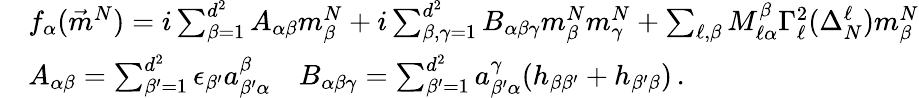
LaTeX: \begin{array}{rl}&{f_{\alpha}(\vec{m}^{N})=i\sum_{\beta=1}^{d^{2}}A_{\alpha\beta}m_{\beta}^{N}+i\sum_{\beta,\gamma=1}^{d^{2}}B_{\alpha\beta\gamma}m_{\beta}^{N}m_{\gamma}^{N}+\sum_{\ell,\beta}M_{\ell\alpha}^{\beta}\Gamma_{\ell}^{2}(\Delta_{N}^{\ell})m_{\beta}^{N}}\\ &{A_{\alpha\beta}=\sum_{\beta^{\prime}=1}^{d^{2}}\epsilon_{\beta^{\prime}}a_{\beta^{\prime}\alpha}^{\beta}\quad B_{\alpha\beta\gamma}=\sum_{\beta^{\prime}=1}^{d^{2}}a_{\beta^{\prime}\alpha}^{\gamma}(h_{\beta\beta^{\prime}}+h_{\beta^{\prime}\beta})\, .}\end{array}